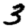
Digit: 3